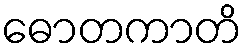
ဓောတကာတိ